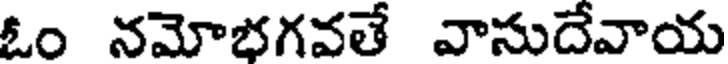
ఓం నమోభగవతే వాసుదేవాయ